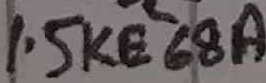
Text: 1.5KE68A